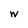
Character: W